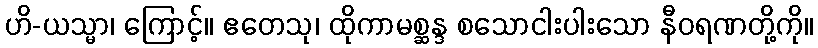
ဟိ-ယသ္မာ၊ ကြောင့်။ ဧတေသု၊ ထိုကာမစ္ဆန္ဒ စသောငါးပါးသော နီဝရဏတို့ကို။